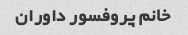
خانم پروفسور داوران